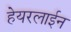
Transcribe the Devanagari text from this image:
हेयरलाईन